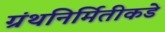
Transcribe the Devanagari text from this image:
ग्रंथनिर्मितीकडे